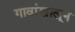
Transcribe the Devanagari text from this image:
गावांखालून